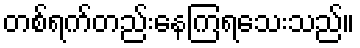
တစ်ရက်တည်းနေကြရသေးသည်။